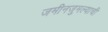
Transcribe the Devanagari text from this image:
जमीनजुमल्याची